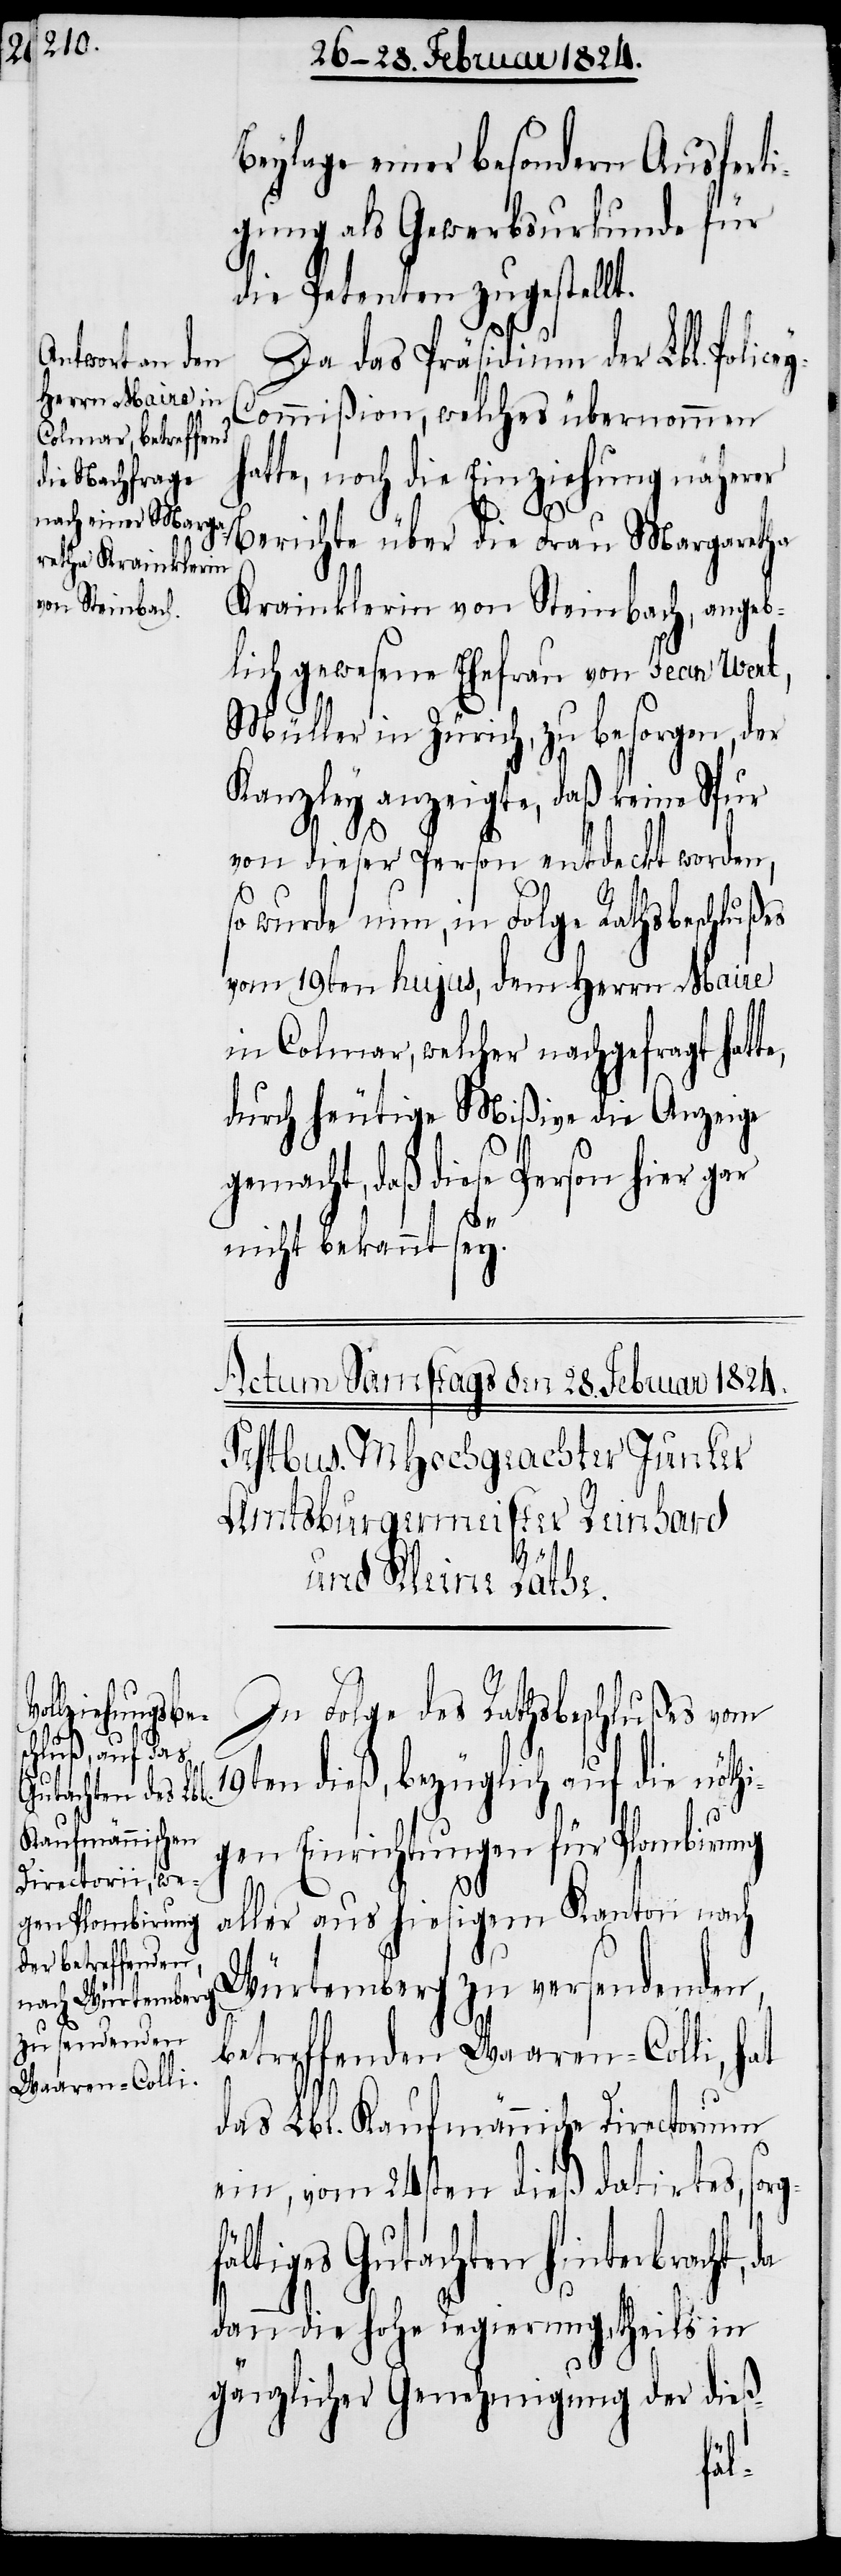
Beylage einer besondern Ausferti¬
gung als Gewerbsurkunde für
die Petenten zugestellt.
Da das Präsidium der Lbl. Poli¬
y-Commißion, welches übernommen
te, noch die Einziehung näherer
Berichte über die Frau Margaretha
Krainklerin von Steinbach, angeb¬
lich gewesene Ehefrau von Jean Wert,
Müller in Zürich, zu besorgen, der
Kanzley anzeigte, daß keine Spur
von dieser Person entdeckt worden,
so wurde nun, in Folge Rathsbeschlußes
vom 19ten hujus, dem Herrn Maire
in Colmar, welcher nachgefragt hatte,
durch heutige Mißive die Anzeige
gemacht, daß diese Person hier gar
nicht bekannt sey.
In Folge des Rathsbeschlußes vom
19ten dieß, bezüglich auf die nöthi¬
gen Einrichtungen für Plombirung
aller aus hiesigem Kanton nach
Würtemberg zu versendenden,
betreffenden Waaren-Colli, hat
das Lbl. Kaufmännische Directorium
ein, vom 24sten dieß datirtes, sorg¬
fältiges Gutachten hinterbracht,
dann die hohe Regierung, theils in
gänzlicher Genehmigung der dieß-
hat¬